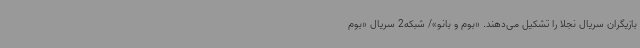
بازیگران سریال نجلا را تشکیل می‌دهند. «بوم و بانو»/ شبکه2 سریال «بوم